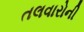
તલવારોની